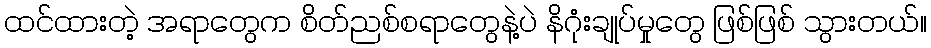
ထင်ထားတဲ့ အရာတွေက စိတ်ညစ်စရာတွေနဲ့ပဲ နိဂုံးချုပ်မှုတွေ ဖြစ်ဖြစ် သွားတယ်။